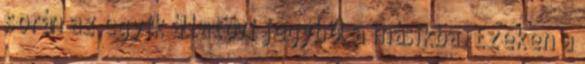
során az egyik állatövi jegybõl a másikba. Ezeken a